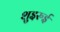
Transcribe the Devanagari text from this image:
शुइरुई